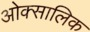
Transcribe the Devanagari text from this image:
ओक्सालिक